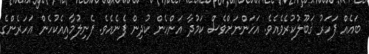
ބައެއް ފަހަރު ޤަބޫލުކުރެވެއެވެ. އަހަންނަށްވެސް ކަމުދާ އަންހެން ކުދިން ފެނެއެވެ. ފެނިލުމާއިއެކުހެން އަހަރެންގެ